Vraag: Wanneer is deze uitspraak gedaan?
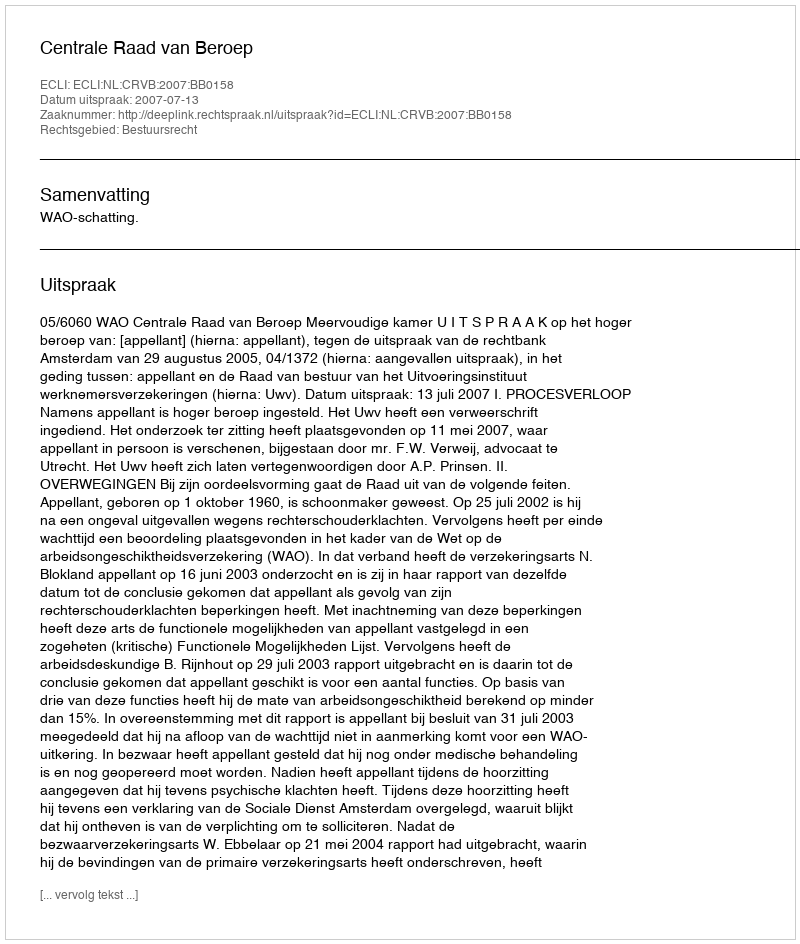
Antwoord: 2007-07-13